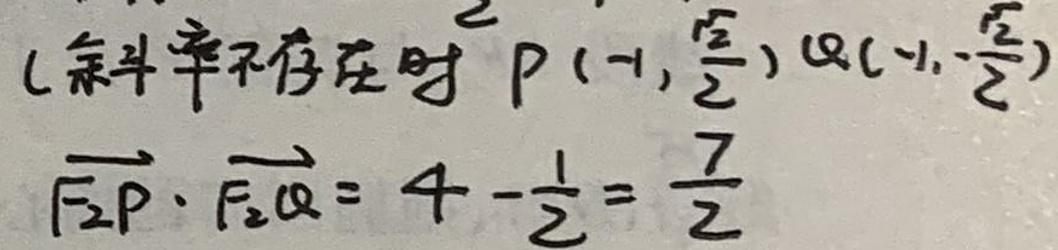
（斜率不存在时 \(P(-1,\frac{\sqrt{2}}{2})\) \(Q(-1,-\frac{\sqrt{2}}{2})\)
\(\overrightarrow{F_{2}P}\cdot\overrightarrow{F_{2}Q}=4 - \frac{1}{2}=\frac{7}{2}\) ）